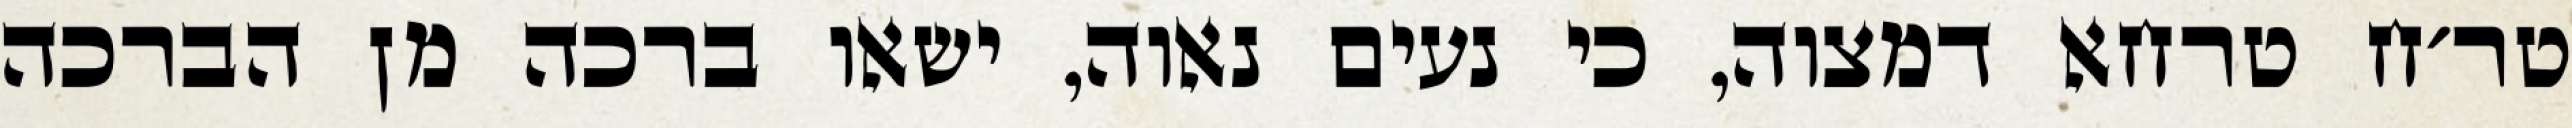
טר׳ח טרחא דמצוה, כי נעים נאוה, ישאו ברכה מן הברכה